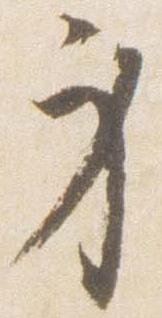
身